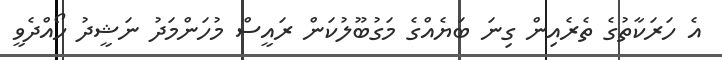
އެ ހަރަކާތުގެ ތެރެއިން ގިނަ ބަޔެއްގެ މަގުބޫލުކަން ރައީސް މުހަންމަދު ނަޝީދު ހޯއްދެވީ